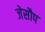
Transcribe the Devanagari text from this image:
जेसौप